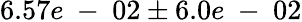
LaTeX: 6.57e\mathrm{~-~}02\pm 6.0e\mathrm{~-~}02